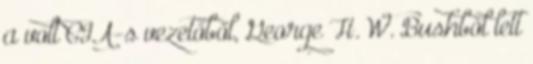
a volt CIA-s vezetőből, George H. W. Bushból lett